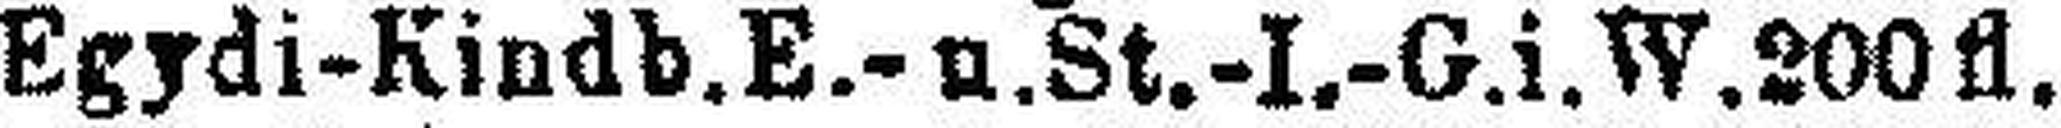
Egydi-Kindb.E.- u. St.-I.-G.i.W.200fl.